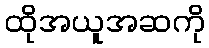
ထိုအယူအဆကို